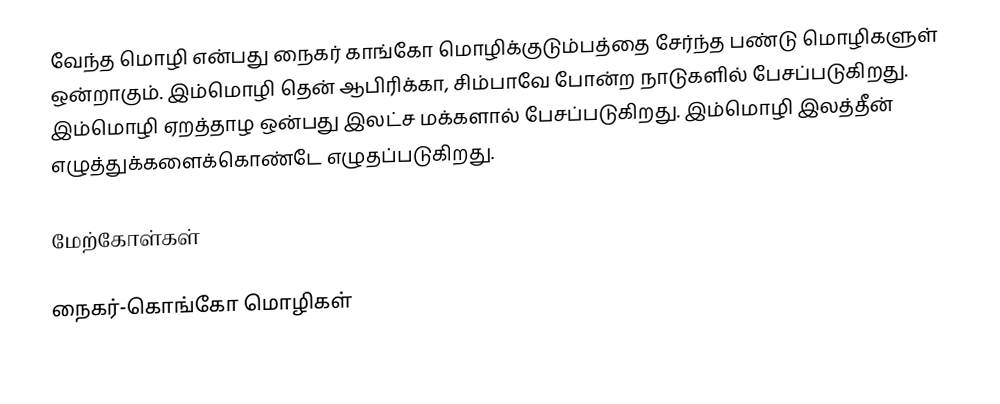
வேந்த மொழி என்பது நைகர் காங்கோ மொழிக்குடும்பத்தை சேர்ந்த பண்டு மொழிகளுள் ஒன்றாகும். இம்மொழி தென் ஆபிரிக்கா, சிம்பாவே போன்ற நாடுகளில் பேசப்படுகிறது. இம்மொழி ஏறத்தாழ ஒன்பது இலட்ச மக்களால் பேசப்படுகிறது. இம்மொழி இலத்தீன் எழுத்துக்களைக்கொண்டே எழுதப்படுகிறது.

மேற்கோள்கள்

நைகர்-கொங்கோ மொழிகள்